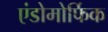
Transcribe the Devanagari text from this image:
एंडोमोर्फिक